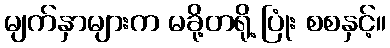
မျက်နှာများက မခို့တရို့ ပြုံး စစနှင့်။